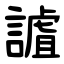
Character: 謯